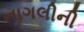
નાગલીની